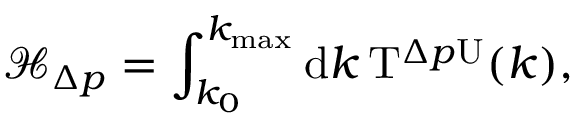
\mathcal { H } _ { \Delta p } = \int _ { k _ { 0 } } ^ { k _ { \mathrm { m a x } } } \mathrm { d } k \, \mathrm { T } ^ { \Delta p \mathrm { U } } ( k ) ,